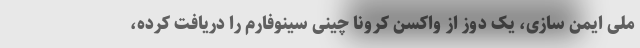
ملی ایمن سازی، یک دوز از واکسن کرونا چینی سینوفارم را دریافت کرده،‌